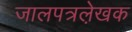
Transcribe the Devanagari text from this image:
जालपत्रले़खक